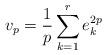
LaTeX: \begin{align*}v_p = \frac{1}{p} \sum_{k=1}^r e_k^{2p}\end{align*}